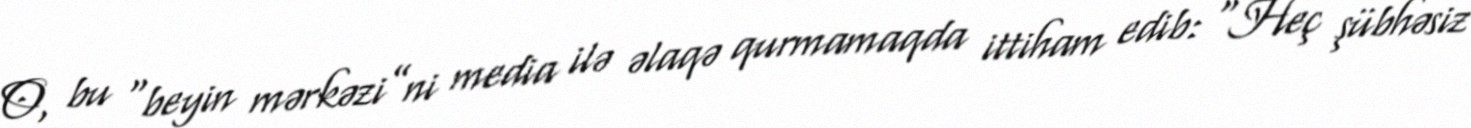
O, bu “beyin mərkəzi”ni media ilə əlaqə qurmamaqda ittiham edib: “Heç şübhəsiz